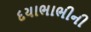
દયાભાભીની